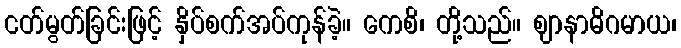
ငတ်မွတ်ခြင်းဖြင့် နှိပ်စက်အပ်ကုန်ခဲ့။ ကေစိ၊ တို့သည်။ ဈာနာဓိဂမာယ၊